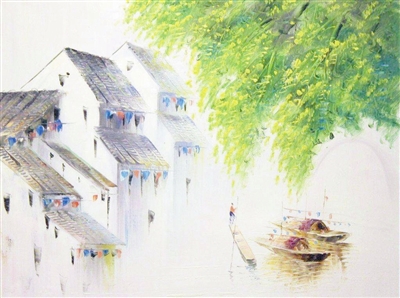
刷羽同摇漾，一举还故乡。